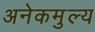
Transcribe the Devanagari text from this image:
अनेकमुल्य